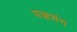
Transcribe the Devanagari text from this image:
यज्ञभंग